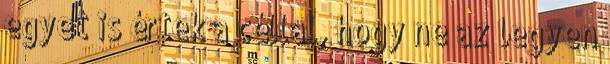
egyet is értek a céllal, hogy ne az legyen